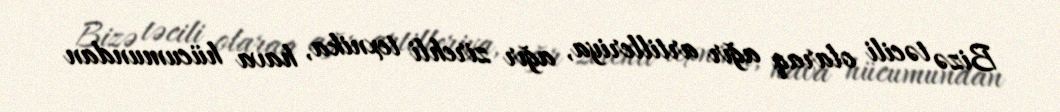
Bizə təcili olaraq ağır artilleriya, ağır zirehli texnika, hava hücumundan